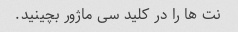
نت ها را در کلید سی ماژور بچینید.